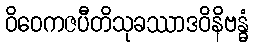
ဝိဝေကဇပီတိသုခဿာဒဝိနိဗန္ဓံ